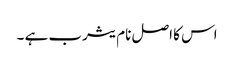
اس کا اصل نام یثرب ہے ۔